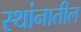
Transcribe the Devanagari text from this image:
स्थांनातील